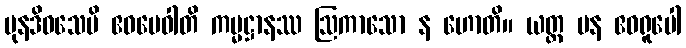
ပုနဒိဝသေပိ ဧဝမေဝါတိ ကမ္မဋ္ဌာနဿ ဩကာသော န ဟောတိ။ ယတ္ထ ပန ဧဝရူပေါ